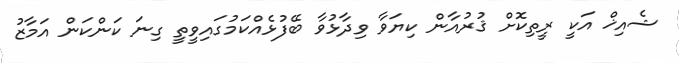
ޝެއިޚް އަކީ ރީތިކޮށް ޤުރުއާން ކިޔަވާ ވިދާޅުވާ ބޭފުޅެއްކަމުގައިވީތީ ގިނަ ކަންކަން އަމާޒު